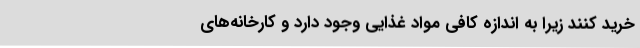
خرید کنند زیرا به اندازه کافی مواد غذایی وجود دارد و کارخانه‌های